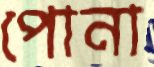
পোনা